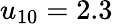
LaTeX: u_{10}=2.3